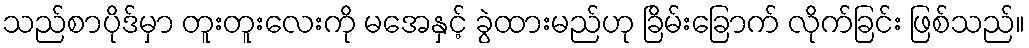
သည်စာပိုဒ်မှာ တူးတူးလေးကို မအေနှင့် ခွဲထားမည်ဟု ခြိမ်းခြောက် လိုက်ခြင်း ဖြစ်သည်။